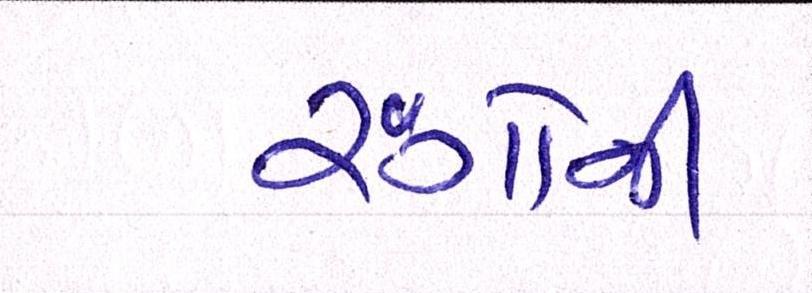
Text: રંગોની